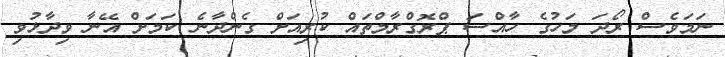
ނަމަވެސް ރޯދަ މަހުގެ ހާއްސަ ޕްރޮގްރާމްތައް ކުރިއަށް ގެންދާނެ ކަމަށް އޭނާ ވިދާޅުވި